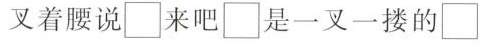
插着要说\Box 来吧\Box 是一叉一搂的\Box